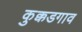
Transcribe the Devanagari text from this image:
कुक्कडगाव